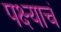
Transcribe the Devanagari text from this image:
पक्ष्याचं